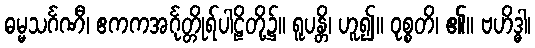
ဓမ္မသင်္ဂဏီ၊ ဧကကအင်္ဂုတ္တိုရ်ပါဠိတို့၌။ ရူပန္တိ၊ ဟူ၍။ ဝုစ္စတိ၊ ၏။ ဗဟိဒ္ဓါ၊